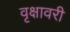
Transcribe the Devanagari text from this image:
वृक्षावरी